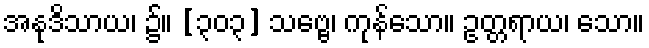
အနုဒိသာယ၊ ၌။ [၃၀၃] သဗ္ဗေ၊ ကုန်သော။ ဥတ္တရာယ၊ သော။